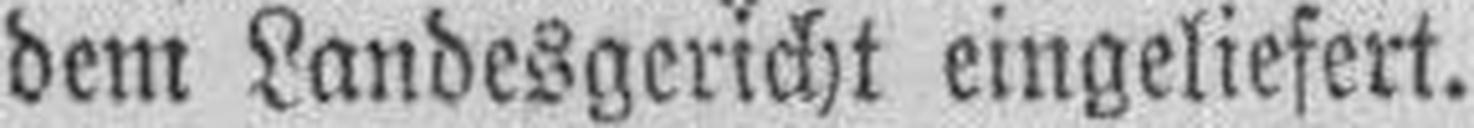
dem Landesgericht eingeliefert.